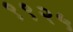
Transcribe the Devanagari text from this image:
९९२५